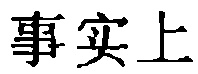
事实上